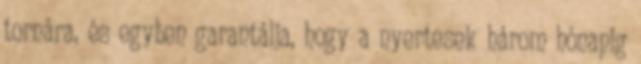
tornára, és egyben garantálja, hogy a nyertesek három hónapig